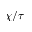
\chi / \tau